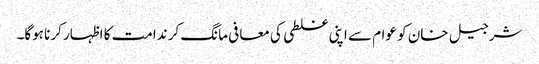
شرجیل خان کو عوام سے اپنی غلطی کی معافی مانگ کر ندامت کا اظہار کرنا ہوگا۔